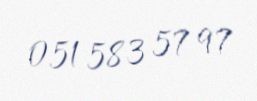
051 583 57 97